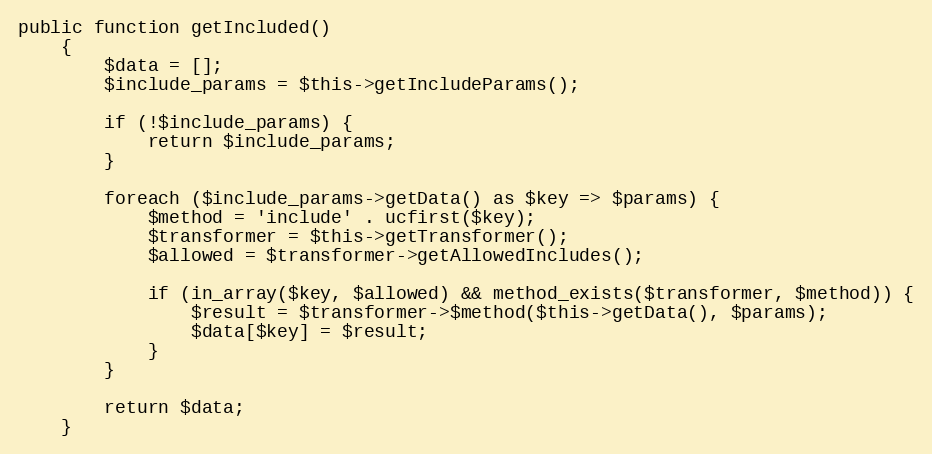
Language: PHP
public function getIncluded()
    {
        $data = [];
        $include_params = $this->getIncludeParams();

        if (!$include_params) {
            return $include_params;
        }

        foreach ($include_params->getData() as $key => $params) {
            $method = 'include' . ucfirst($key);
            $transformer = $this->getTransformer();
            $allowed = $transformer->getAllowedIncludes();

            if (in_array($key, $allowed) && method_exists($transformer, $method)) {
                $result = $transformer->$method($this->getData(), $params);
                $data[$key] = $result;
            }
        }

        return $data;
    }